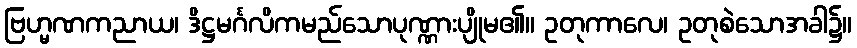
ဗြဟ္မဏကညာယ၊ ဒိဋ္ဌမင်္ဂလိကမည်သောပုဏ္ဏားပျိုမ၏။ ဥတုကာလေ၊ ဥတုစဲသောအခါ၌။